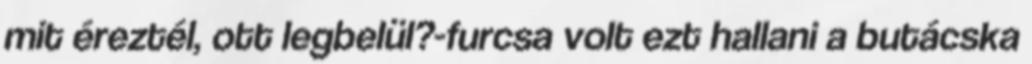
mit éreztél, ott legbelül?-furcsa volt ezt hallani a butácska